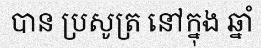
បាន ប្រសូត្រ នៅក្នុង ឆ្នាំ